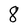
Character: 8